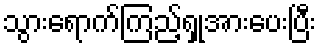
သွားရောက်ကြည့်ရှုအားပေးပြီး